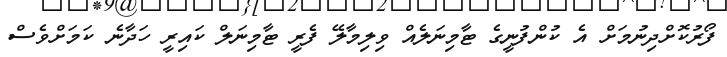
ފޯރުކޮށްދިނުމަށް އެ ކުންފުނީގެ ޓާމިނަލެއް ވިލިމާލޭ ފެރީ ޓާމިނަލް ކައިރީ ހަދާނެ ކަމަށްވެސް